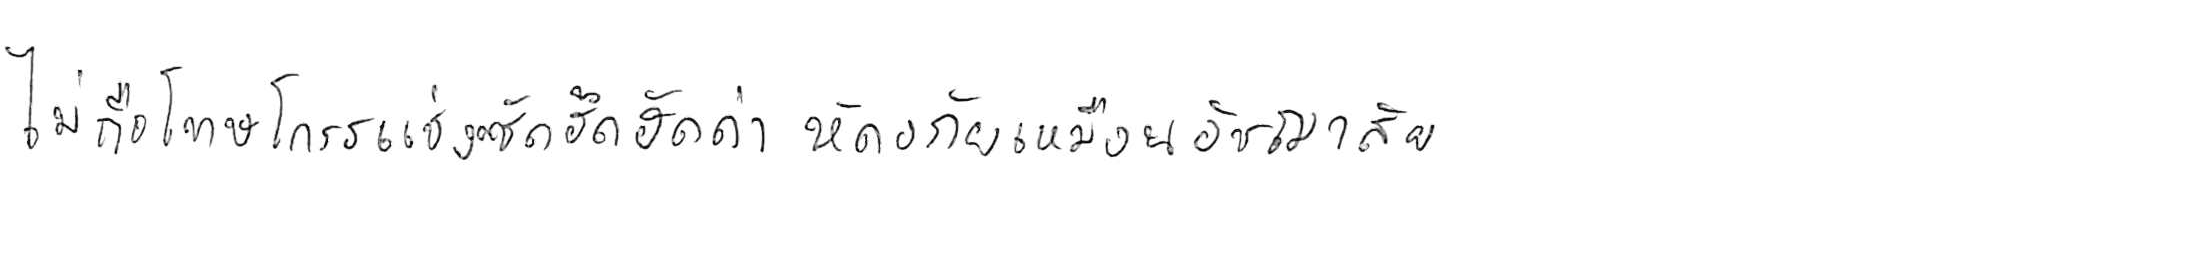
ไม่ถือโทษโกรธแช่งซัดฮึดฮัดด่า หัดอภัยเหมือนกีฬาอัชฌาสัย